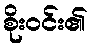
စိုးဝင်း၏